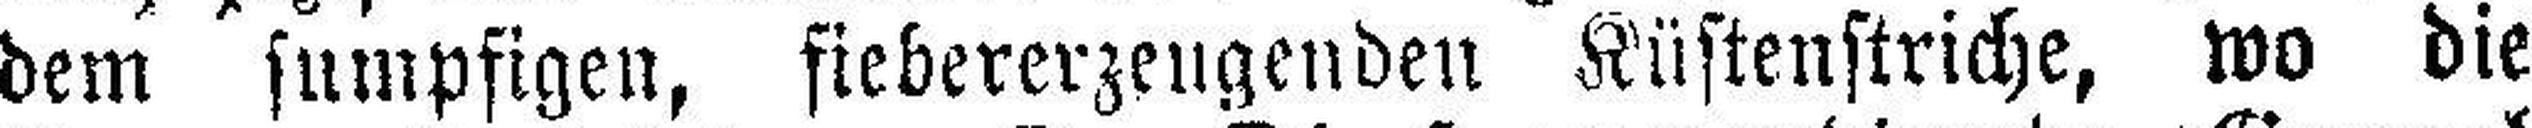
dem sumpfigen, siebererzengenden Küstenstriche, wo die